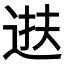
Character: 𫐧